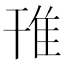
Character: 䧲